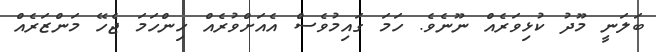
ބަލަނީ މޫދު ކުޅިވަރެއް ނޫނެވެ. ހަމަ ގައިމުވެސް އެއަށްވުރެއް ހިންހަމަ ޖެހޭ މަންޒަރެއް